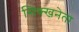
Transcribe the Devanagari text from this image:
सिक्खनेता